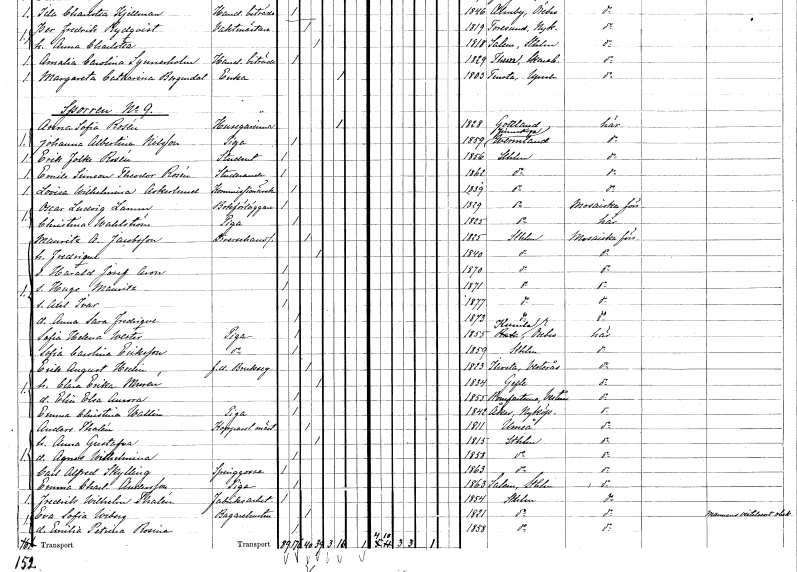
gt_parse: households: individuals: FN: Anna Sofia
EN: Rosén
YRKE: Husägarinna
KON: K
CIV: E
FODAR: 1828
FODFORS: Väte Gotlands län
FN: Johanna Albertina
EN: Nilsson
YRKE: Piga
KON: K
CIV: O
FODAR: 1859
FODFORS: Finnskoga Värmlands län
FN: Erik Folke
EN: Rosén
YRKE: Student
KON: M
CIV: O
FODAR: 1856
FODFORS: Stockholm
FN: Emile Simson Theodor
EN: Rosén
YRKE: Studerande
KON: M
CIV: O
FODAR: 1862
FODFORS: Stockholm
FN: Lovisa Wilhelmina
EN: Askerlund
YRKE: Kommissionär
KON: K
CIV: O
FODAR: 1839
FODFORS: Stockholm
FN: Oscar Ludvig
EN: Lamm
YRKE: Bokförläggare
KON: M
CIV: O
FODAR: 1829
FODFORS: Stockholm
FN: Christina
EN: Wahlström
YRKE: Piga
KON: K
CIV: O
FODAR: 1825
FODFORS: Stockholm
FN: Mauritz Aron
EN: Jacobsson
YRKE: Diversehandlare
KON: M
CIV: G
FODAR: 1825
FODFORS: Stockholm
FN: Fredrique
KON: K
CIV: G
FODAR: 1840
FODFORS: Stockholm
FN: Harald Josef Aron
KON: M
CIV: O
FODAR: 1870
FODFORS: Stockholm
FN: Hugo Mauritz
KON: M
CIV: O
FODAR: 1871
FODFORS: Stockholm
FN: Axel Ivar
KON: M
CIV: O
FODAR: 1877
FODFORS: Stockholm
FN: Anna Sara Fredrique
KON: K
CIV: O
FODAR: 1873
FODFORS: Stockholm
FN: Sofia Helena
EN: Wester
YRKE: Piga
KON: K
CIV: O
FODAR: 1855
FODFORS: Kumla Örebro län
FN: Sofia Carolina
EN: Eriksson
YRKE: Piga
KON: K
CIV: O
FODAR: 1859
FODFORS: Stockholm
FN: Erik August
EN: Hedin
YRKE: Bruksägare f.d.
KON: M
CIV: G
FODAR: 1823
FODFORS: Irsta Västmanlands län
FN: Clara Erika
EN: Muren
KON: K
CIV: G
FODAR: 1834
FODFORS: Gävle Gävleborgs län
FN: Elin Elsa Aurora
KON: K
CIV: O
FODAR: 1855
FODFORS: Romfartuna Västmanlands län
FN: Emma Christina
EN: Wallin
YRKE: Piga
KON: K
CIV: O
FODAR: 1842
FODFORS: Åker Södermanlands län
FN: Anders
EN: Thalén
YRKE: Kopparslagaremästare
KON: M
CIV: G
FODAR: 1811
FODFORS: Umeå Västerbottens län
FN: Anna Gustafva
KON: K
CIV: G
FODAR: 1815
FODFORS: Stockholm
FN: Agnes Wilhelmina
KON: K
CIV: O
FODAR: 1858
FODFORS: Stockholm
FN: Carl Alfred
EN: Skylling
YRKE: Springgosse
KON: M
CIV: O
FODAR: 1863
FODFORS: Stockholm
FN: Emma Charlotta
EN: Andersson
YRKE: Piga
KON: K
CIV: O
FODAR: 1863
FODFORS: Salem Stockholms län
FN: Fredrik Wilhelm
EN: Thalén
YRKE: Fabriksarbetare
KON: M
CIV: O
FODAR: 1854
FODFORS: Stockholm
FN: Eva Sofia
EN: Wiberg
YRKE: Bagarehustru
KON: K
CIV: G
FODAR: 1821
FODFORS: Stockholm
FN: Emilia Petrina Rosina
KON: K
CIV: O
FODAR: 1858
FODFORS: Stockholm